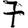
Digit: 7